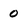
Character: 0